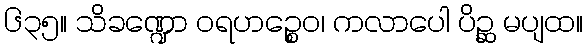
၆၃၅။ သိခဏ္ဍော ဝရဟဉ္စေဝ၊ ကလာပေါ ပိဉ္ဆ မပျထ။